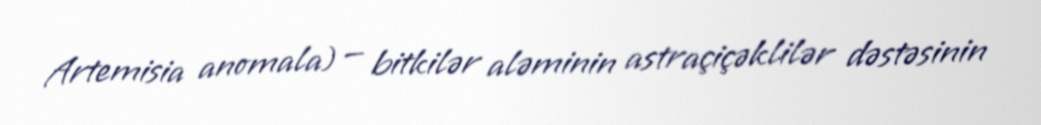
Artemisia anomala) — bitkilər aləminin astraçiçəklilər dəstəsinin